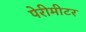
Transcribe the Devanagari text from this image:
पेरीमीटर